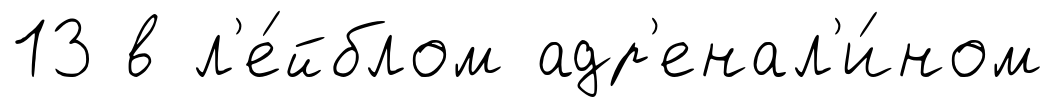
13 в л'е́йблом адр'енал'и́ном